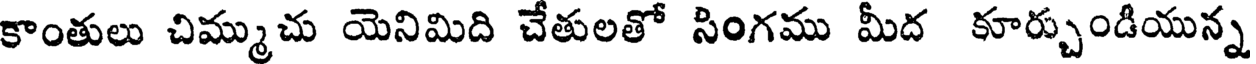
కాంతులు చిమ్ముచు యెనిమిది చేతులతో సింగము మీద కూర్చుండియున్న